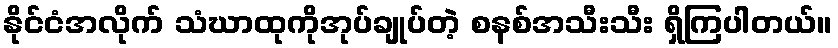
နိုင်ငံအလိုက် သံဃာထုကိုအုပ်ချုပ်တဲ့ စနစ်အသီးသီး ရှိကြပါတယ်။